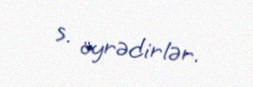
s. öyrədirlər.